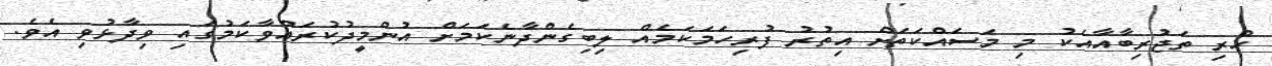
ހުރި ތަޖުރިބާއާއެކު މި މަސައްކަތަށް އިތުރު ފުރިހަމަކަމެއް ލިބިގެންދާނެކަމަށް އުންމީދުކުރައްވާކަމުގައި ވިދާޅުވި އެވެ.